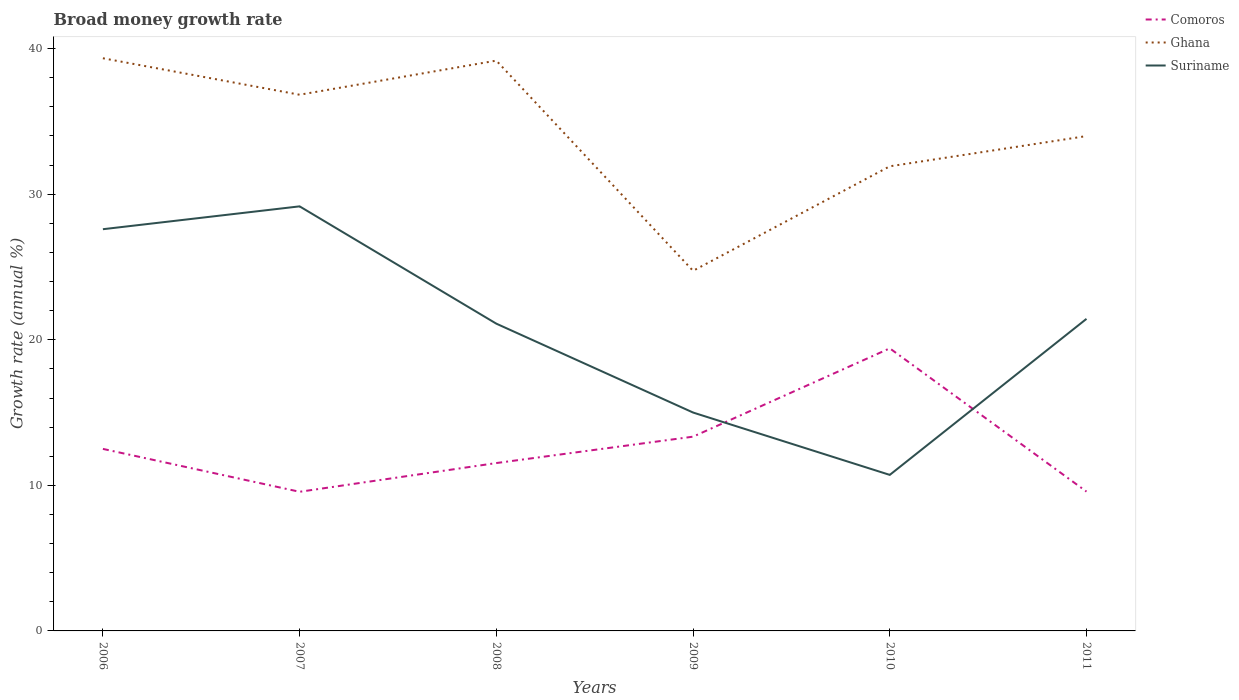
| Years | Comoros | Ghana | Suriname |
 | --- | --- | --- | --- |
 | 2006 | 12.5 | 39.3 | 27.6 |
 | 2007 | 9.56 | 36.8 | 29.2 |
 | 2008 | 11.5 | 39.2 | 21.1 |
 | 2009 | 13.3 | 24.7 | 15 |
 | 2010 | 19.4 | 31.9 | 10.7 |
 | 2011 | 9.57 | 34 | 21.4 |